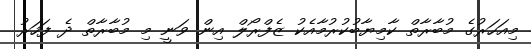
މިއަހަރުގެ މުބާރާތް ކާމިޔާބުކުރުމާއެކު ޒެފްރޯލް އިން ވަނީ މި މުބާރާތް ދެ ފަހަރު